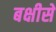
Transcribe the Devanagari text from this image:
बक्षीसे